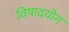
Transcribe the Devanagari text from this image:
विषादयोग